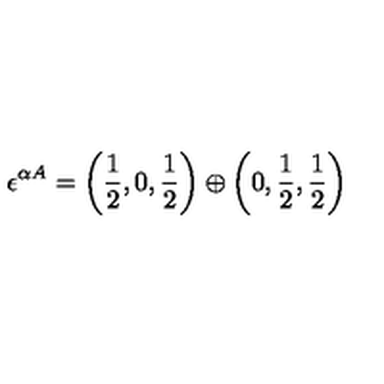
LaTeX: \epsilon ^ { \alpha A } = \left( \frac { 1 } { 2 } , 0 , \frac { 1 } { 2 } \right) \oplus \left( 0 , \frac { 1 } { 2 } , \frac { 1 } { 2 } \right) \,